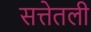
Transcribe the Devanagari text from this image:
सत्तेतली